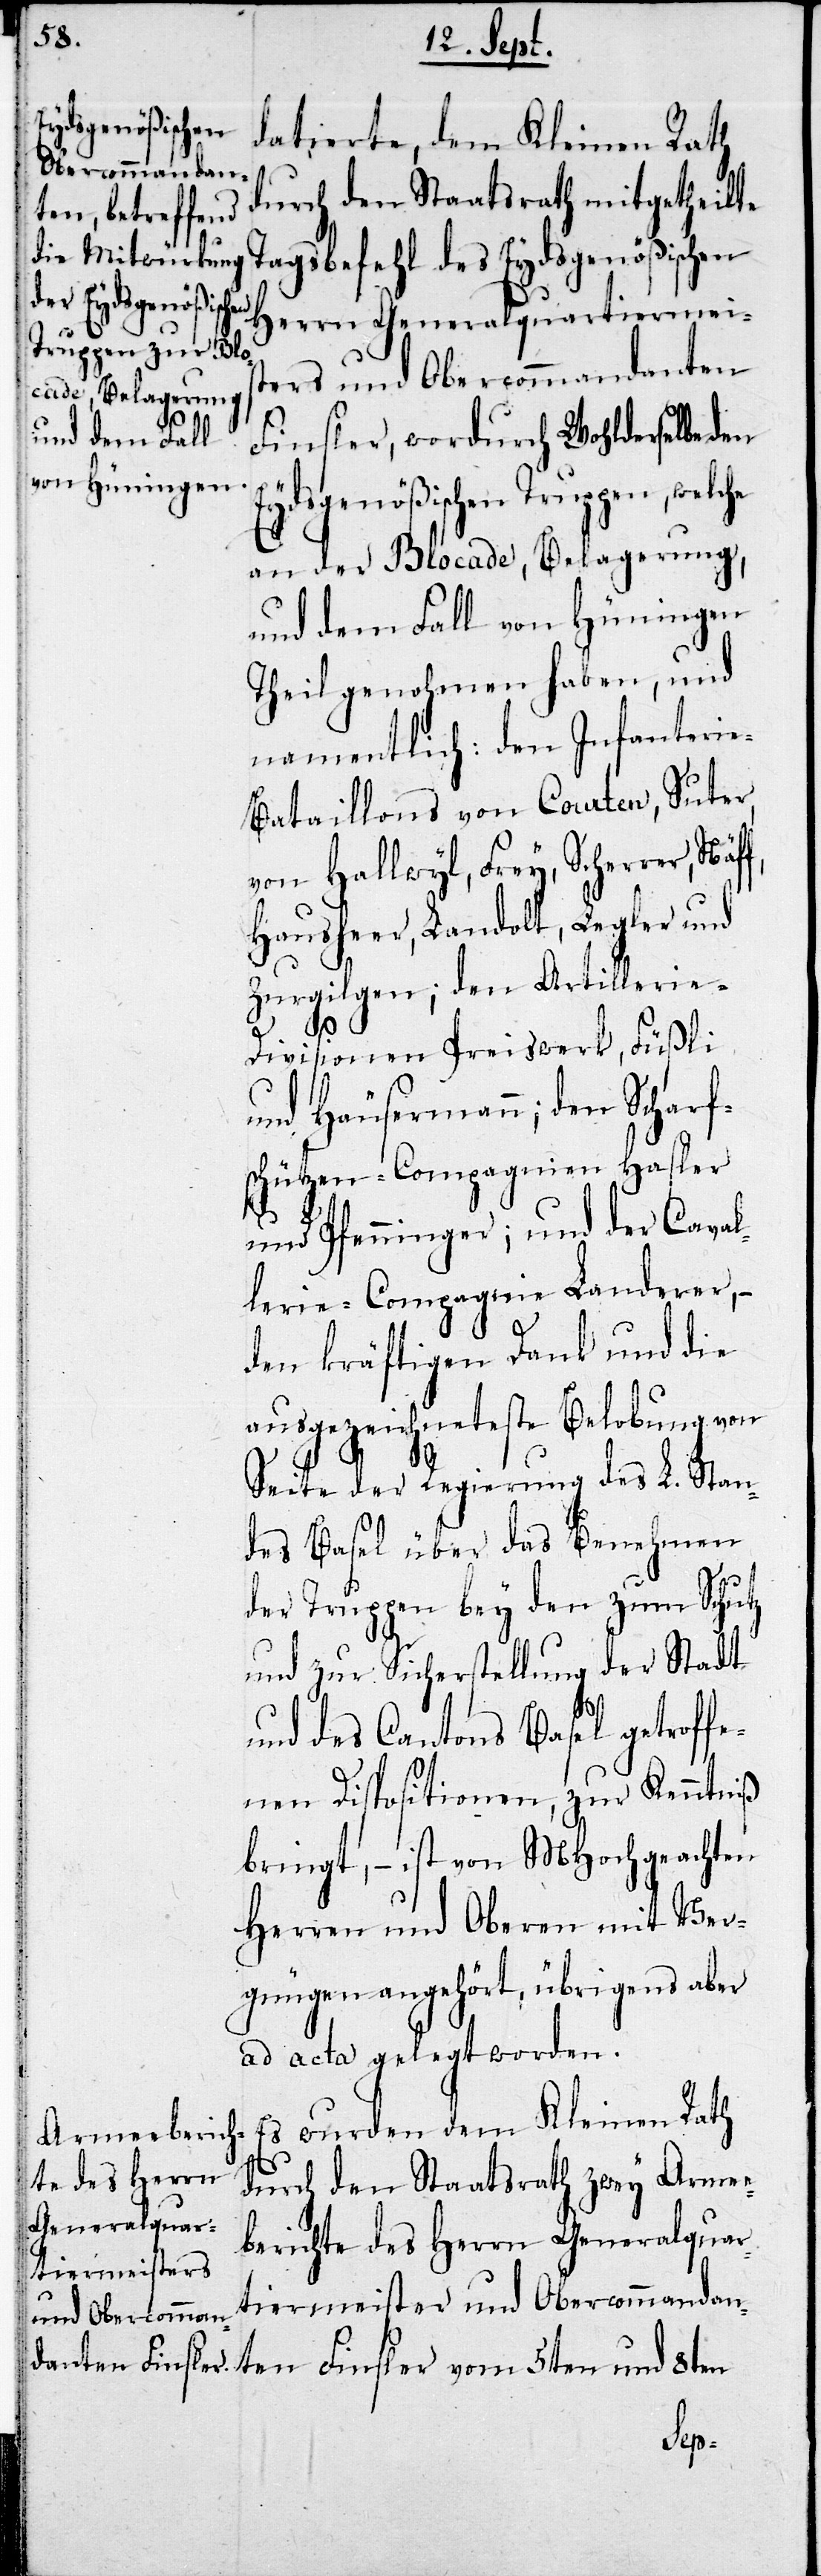
Eydsgenößischen
datierte, dem Kleinen Rath
durch den Staatsrath mitgetheilte
agesbefehl des Eydsgenößischen
an der Blocade, Belagerung,
und dem Fall von Hüningen
Theil genommen haben, und
namentlich: den Infanteri¬
e-Bataillons von Courten, Suter,
von Hallwyl, Frey, Scherrer,
Hausheer, Landolt, Legler und
Zurgilgen; den Artillerie-D¬
e¬
ivisionen Preiswerk, Füßli
und Häusermann; den Scharf¬
schützen-Compagnien Hasler
und Pfenninger; und der Caval¬
lerie-Compagnie Landerer, –
den kräftigen Dank und die
ausgezeichneteste Belobung von
Seite der Regierung des L. Stan¬
des Basel über das Benehmen
der Truppen bey den zum Schutz
und zur Sicherstellung der Stadt
und des Cantons Basel getroff¬
enen Dispositionen, zur Kenntniß
bringt, – ist von MHochgeachten
Herren und Obern mit Ver¬
gnügen angehört, übrigens aber
ad acta gelegt worden.
Es wurden dem Kleinen Rath
durch den Staatsrath zwey Arme¬
Generalquar¬
berichte des Herrn Generalquar¬
tiermeisters
tiermeister und Obercommandan¬
und Obercomman¬
danten Finsler,
ten Finsler vom 5ten und 8ten
den